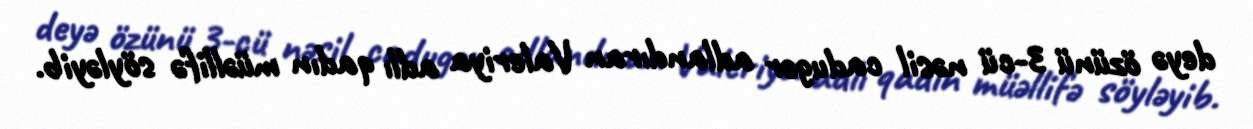
deyə özünü 3-cü nəsil cadugər adlandıran Valeriya adlı qadın müəllifə söyləyib.